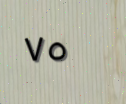
٧٥